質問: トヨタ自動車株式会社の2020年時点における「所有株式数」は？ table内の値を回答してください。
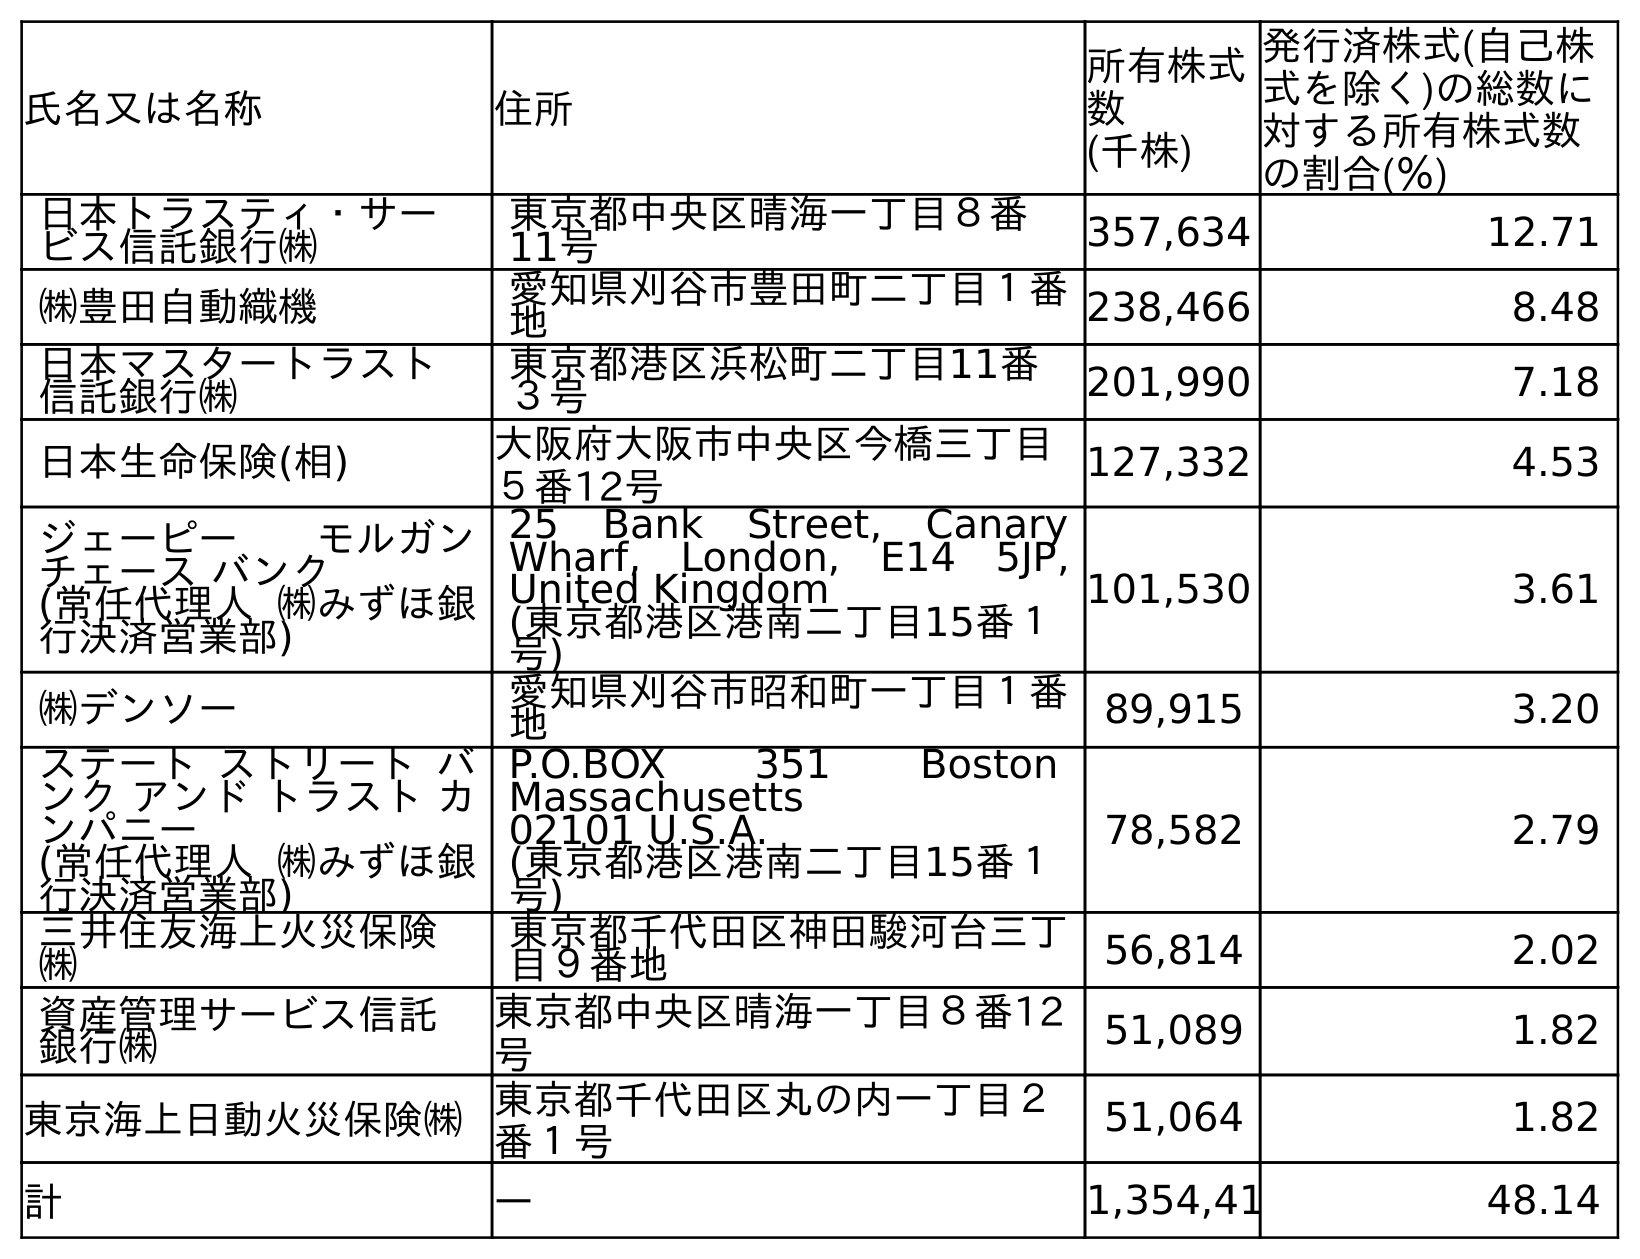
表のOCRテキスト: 氏名又は名称 住所 所有株式 数 (千株) 発行済株式(自己株 式を除く)の総数に 対する所有株式数 の割合(％) 日本トラスティ・サー ビス信託銀行㈱ 東京都中央区晴海一丁目８番 11号 357,634 12.71 ㈱豊田自動織機 愛知県刈谷市豊田町二丁目１番 地 238,466 8.48 日本マスタートラスト 信託銀行㈱ 東京都港区浜松町二丁目11番 ３号 201,990 7.18 日本生命保険(相) 大阪府大阪市中央区今橋三丁目 ５番12号 127,332 4.53 ジェーピー モルガン チェース バンク (常任代理人 ㈱みずほ銀 行決済営業部) 25 Bank Street, Canary Wharf, London, E14 5JP, United Kingdom (東京都港区港南二丁目15番１ 号) 101,530 3.61 ㈱デンソー 愛知県刈谷市昭和町一丁目１番 地 89,915 3.20 ステート ストリート バ ンク アンド トラスト カ ンパニー (常任代理人 ㈱みずほ銀 行決済営業部) P.O.BOX 351 Boston Massachusetts 02101 U.S.A. (東京都港区港南二丁目15番１ 号) 78,582 2.79 三井住友海上火災保険 ㈱ 東京都千代田区神田駿河台三丁 目９番地 56,814 2.02 資産管理サービス信託 銀行㈱ 東京都中央区晴海一丁目８番12 号 51,089 1.82 東京海上日動火災保険㈱東京都千代田区丸の内一丁目２ 番１号 51,064 1.82 計 ― 1,354,41 48.14
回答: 1,354,416